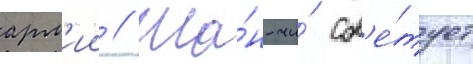
арм'ии // Ша́н-чи́ сов'е́тует